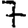
Digit: 7